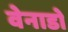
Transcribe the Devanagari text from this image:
वेनाडो